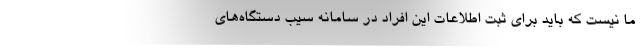
ما نیست که باید برای ثبت اطلاعات این افراد در سامانه سیب دستگاه‌های